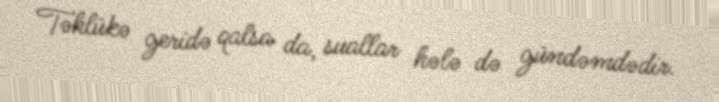
Təhlükə geridə qalsa da, suallar hələ də gündəmdədir.